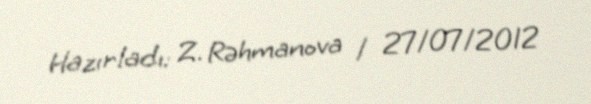
Hazırladı: Z. Rəhmanova / 27/07/2012